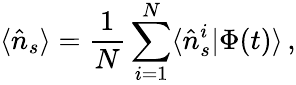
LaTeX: \langle\hat{n}_{s}\rangle=\frac{1}{N}\sum_{i=1}^{N}\langle\hat{n}_{s}^{i}|\Phi(t)\rangle\, ,